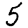
Digit: 5